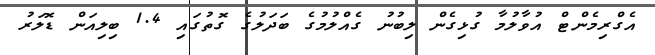
އެގްރިމެންޓް އުވާލުމާ ގުޅިގެން ލިބުނު ގެއްލުމުގެ ބަދަލުގެ ގޮތުގައި 1.4 ބިލިއަން ޑޮލަރު